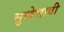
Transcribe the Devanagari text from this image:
सुळेभावी